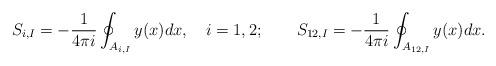
LaTeX: \begin{align*}S_{i,I} = -\frac{1}{4\pi i}\oint_{A_{i,I}}y(x)dx,\quad i=1,2;\qquad S_{12,I} = -\frac{1}{4\pi i}\oint_{A_{12,I}}y(x)dx.\end{align*}